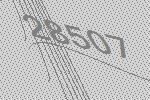
28507